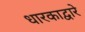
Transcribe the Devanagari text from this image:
धारकाद्वारे